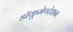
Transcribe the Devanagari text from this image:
डॉकूमेण्टेशन